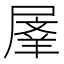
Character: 𭕬